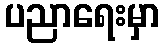
ပညာရေးမှာ